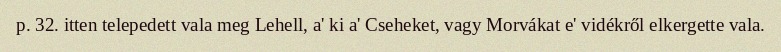
p. 32. itten telepedett vala meg Lehell, a' ki a' Cseheket, vagy Morvákat e' vidékről elkergette vala.